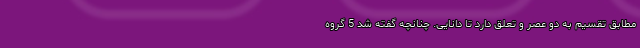
مطابق تقسیم به دو عصر و تعلق دارد تا دانایی. چنانچه گفته شد 5 گروه